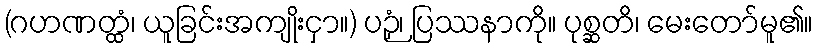
(ဂဟဏတ္ထံ၊ ယူခြင်းအကျိုးငှာ။) ပဉှံ၊ ပြဿနာကို။ ပုစ္ဆတိ၊ မေးတော်မူ၏။